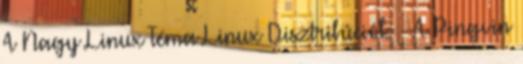
A Nagy Linux Téma Linux Disztribúciók - A Pingvin